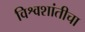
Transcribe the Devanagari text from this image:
विश्वशांतीचा